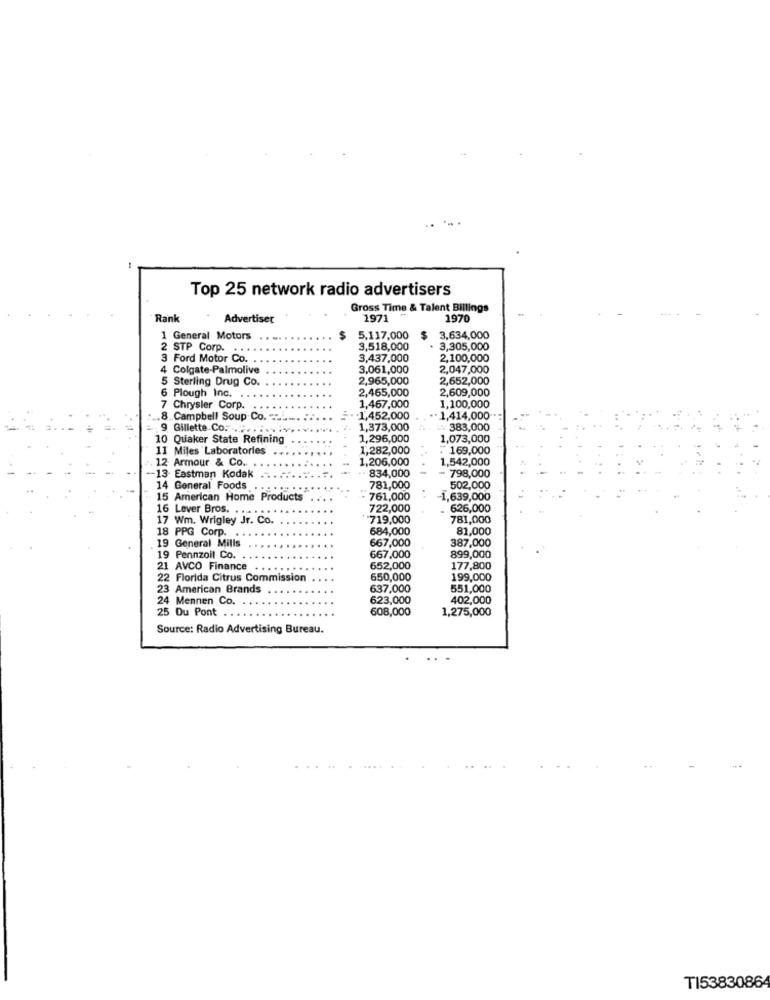
Top 25 network radio advertisers
Gross Time & Talent Billings
Rank
Advertiser
1971
1970
1 General Motors
5,117,000
$
3,634,000
2 STP Corp.
3,518,000
.
3,305,000
3 Ford Motor Co.
3,437,000
2,100,000
4 Colgate-Palmolive
3,061,000
2,047,000
5 Sterling Drug Co.
2,965,000
2,652,000
6 Plough Inc.
2,465,000
2,609,000
7 Chrysler Corp.
1,467,000
1,100,000
.8. Campbell Soup Co. ....
-1,452,000
. 1,414,000
9 Gillette Co ......
1,373,000
383,000
10 Quaker State Refining
1,296,000
1,073,000
11 Miles Laboratories
1,282,000
. 169,000
12 Armour & CO. .
1,206,000
1,542,000
834,000
798,000
13- Eastman Kodak
14 General Foods
781,000
502,000
15 American Home Products
761,000
-1,639,000
16 Lever Bros. . ..
.....
722,000
626,000
17 Wm. Wrigley Jr. Co.
719,000
781,000
18 PPG Corp.
684,000
81,000
19 General Mills
667,000
387,000
19 Pennzoil Co.
667,000
899,000
21 AVCO Finance . .
652,000
177,800
2 Florida Citrus Commission
650,000
199,000
23 American Brands
637,000
551,000
4 Mennen Co.
623,000
402,000
25 Du Pont
608,000
1,275,000
Source: Radio Advertising Bureau.
TI5383086